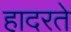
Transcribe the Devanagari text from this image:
हादरते